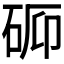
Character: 𬒉